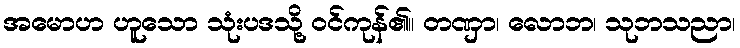
အမောဟ ဟူသော သုံးပဒသို့ ဝင်ကုန်၏။ တဏှာ၊ လောဘ၊ သုဘသညာ၊